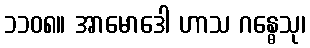
၁၁၀၈။ အာမောဒေါ ဟာသ ဂန္ဓေသု၊